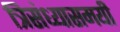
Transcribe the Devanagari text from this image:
त्रिसंध्यासमयी